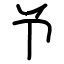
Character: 兯